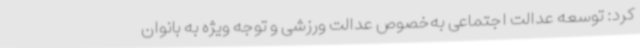
کرد: توسعه عدالت اجتماعی به‌خصوص عدالت ورزشی و توجه ویژه به بانوان